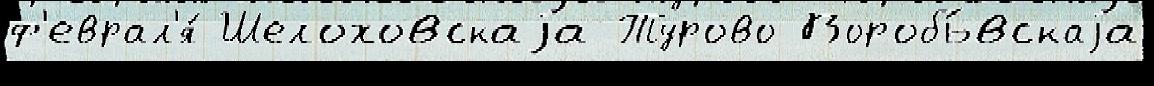
ф'еврал'я́ Шелоховскаjа Турово Воробь́вскаjа